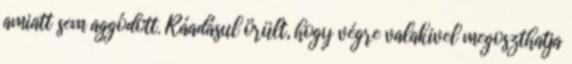
amiatt sem aggódott. Ráadásul örült, hogy végre valakivel megoszthatja